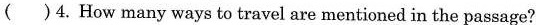
( )4.How many ways to travel are mentioned in the passage?